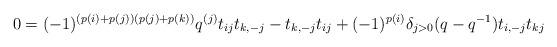
LaTeX: \begin{align*}0=(-1)^{(p(i)+p(j))(p(j)+p(k))}q^{(j)}t_{ij}t_{k,-j} - t_{k,-j}t_{ij} + (-1)^{p(i)}\delta_{j>0}(q-q^{-1})t_{i,-j}t_{kj}\end{align*}